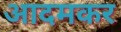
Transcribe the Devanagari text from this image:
आदमकर